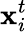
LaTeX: \textbf{x}_{i}^{t}